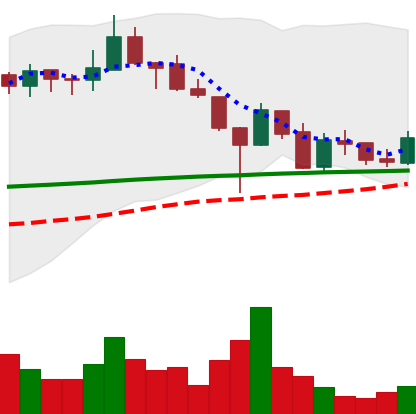
Ticker: LINK-USD
Chart end date: 2019-02-05
Forward return: 7.21%
Label: up_7plus